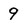
Character: 9